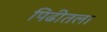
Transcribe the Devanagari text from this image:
पिढीतला